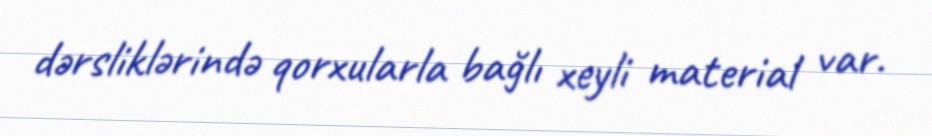
dərsliklərində qorxularla bağlı xeyli material var.